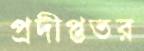
প্রদীপ্ততর